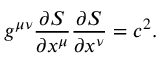
g ^ { \mu \nu } { \frac { \partial S } { \partial x ^ { \mu } } } { \frac { \partial S } { \partial x ^ { \nu } } } = c ^ { 2 } .